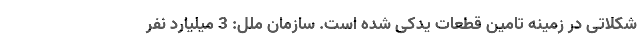
شکلاتی در زمینه تامین قطعات یدکی شده است. سازمان ملل: 3 میلیارد نفر